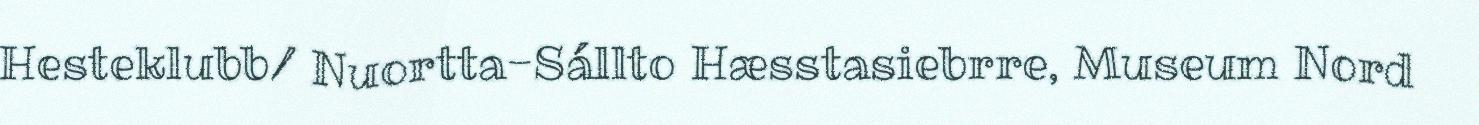
Hesteklubb/ Nuortta-Sállto Hæsstasiebrre, Museum Nord